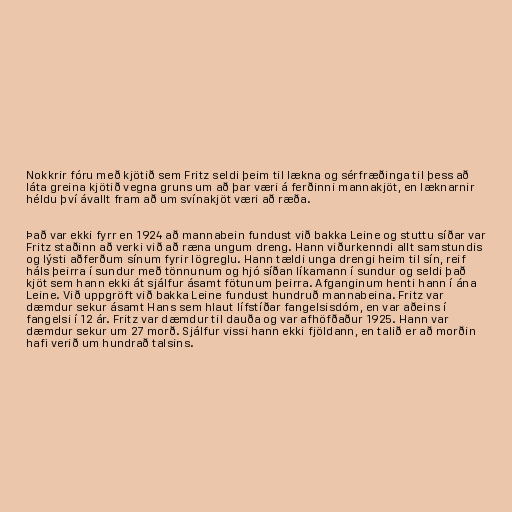
Nokkrir fóru með kjötið sem Fritz seldi þeim til lækna og sérfræðinga til þess að
láta greina kjötið vegna gruns um að þar væri á ferðinni mannakjöt, en læknarnir
héldu því ávallt fram að um svínakjöt væri að ræða.

Það var ekki fyrr en 1924 að mannabein fundust við bakka Leine og stuttu síðar var
Fritz staðinn að verki við að ræna ungum dreng. Hann viðurkenndi allt samstundis
og lýsti aðferðum sínum fyrir lögreglu. Hann tældi unga drengi heim til sín, reif
háls þeirra í sundur með tönnunum og hjó síðan líkamann í sundur og seldi það
kjöt sem hann ekki át sjálfur ásamt fötunum þeirra. Afganginum henti hann í ána
Leine. Við uppgröft við bakka Leine fundust hundruð mannabeina. Fritz var
dæmdur sekur ásamt Hans sem hlaut lífstíðar fangelsisdóm, en var aðeins í
fangelsi í 12 ár. Fritz var dæmdur til dauða og var afhöfðaður 1925. Hann var
dæmdur sekur um 27 morð. Sjálfur vissi hann ekki fjöldann, en talið er að morðin
hafi verið um hundrað talsins.